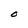
Character: O